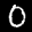
Digit: 0